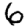
Digit: 6